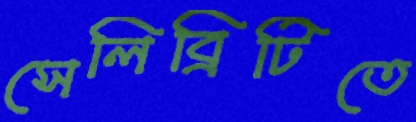
সেলিব্রিটিতে